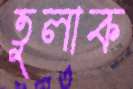
তুলাক